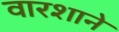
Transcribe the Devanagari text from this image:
वारशाने